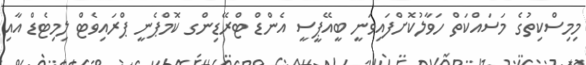
މިމިސްކިތުގެ މަސައްކަތް ހަވާލުކޮށްފައިވަނީ ބީއޭޕީސީ އެންޑް ޓްރޭޑިންގ ކޮމްޕެނީ ޕްރައިވެޓް ލިމިޓެޑް އާއި